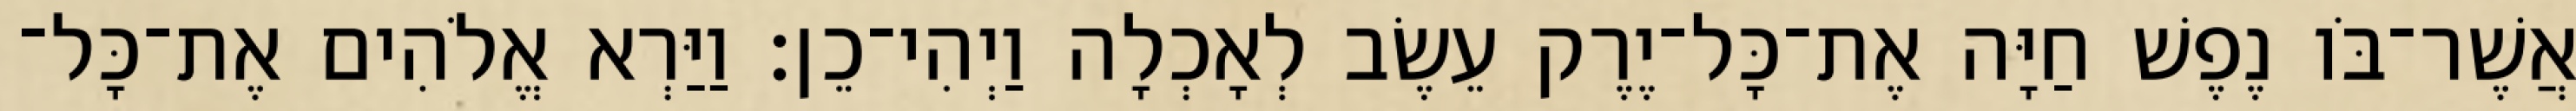
אֲשֶׁר־בֹּו נֶפֶשׁ חַיָּה אֶת־כָּל־יֶרֶק עֵשֶׂב לְאָכְלָה וַיְהִי־כֵן׃ וַיַּרְא אֱלֹהִים אֶת־כָּל־